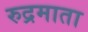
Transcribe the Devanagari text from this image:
रुद्रमाता